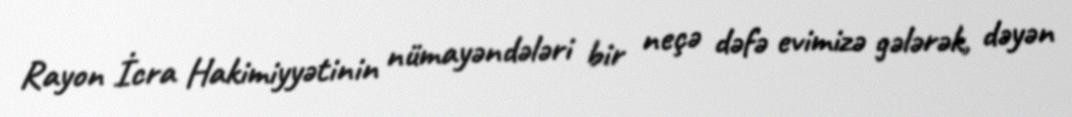
Rayon İcra Hakimiyyətinin nümayəndələri bir neçə dəfə evimizə gələrək, dəyən